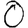
Digit: 0